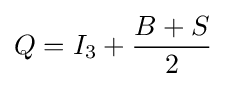
Q=I_{\text{3}}+{\frac {B+S}{2}}